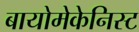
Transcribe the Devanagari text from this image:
बायोमेकेनिस्ट